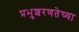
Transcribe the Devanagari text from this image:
प्रभुशरणतेच्या